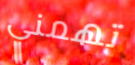
تهمني